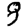
Digit: 8